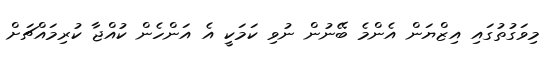
މިވަގުތުގައި އިޒްޔަން އެންމެ ބޭނުން ނުވި ކަމަކީ އެ އަންހެން ކުއްޖާ ކުރިމައްޗަށް